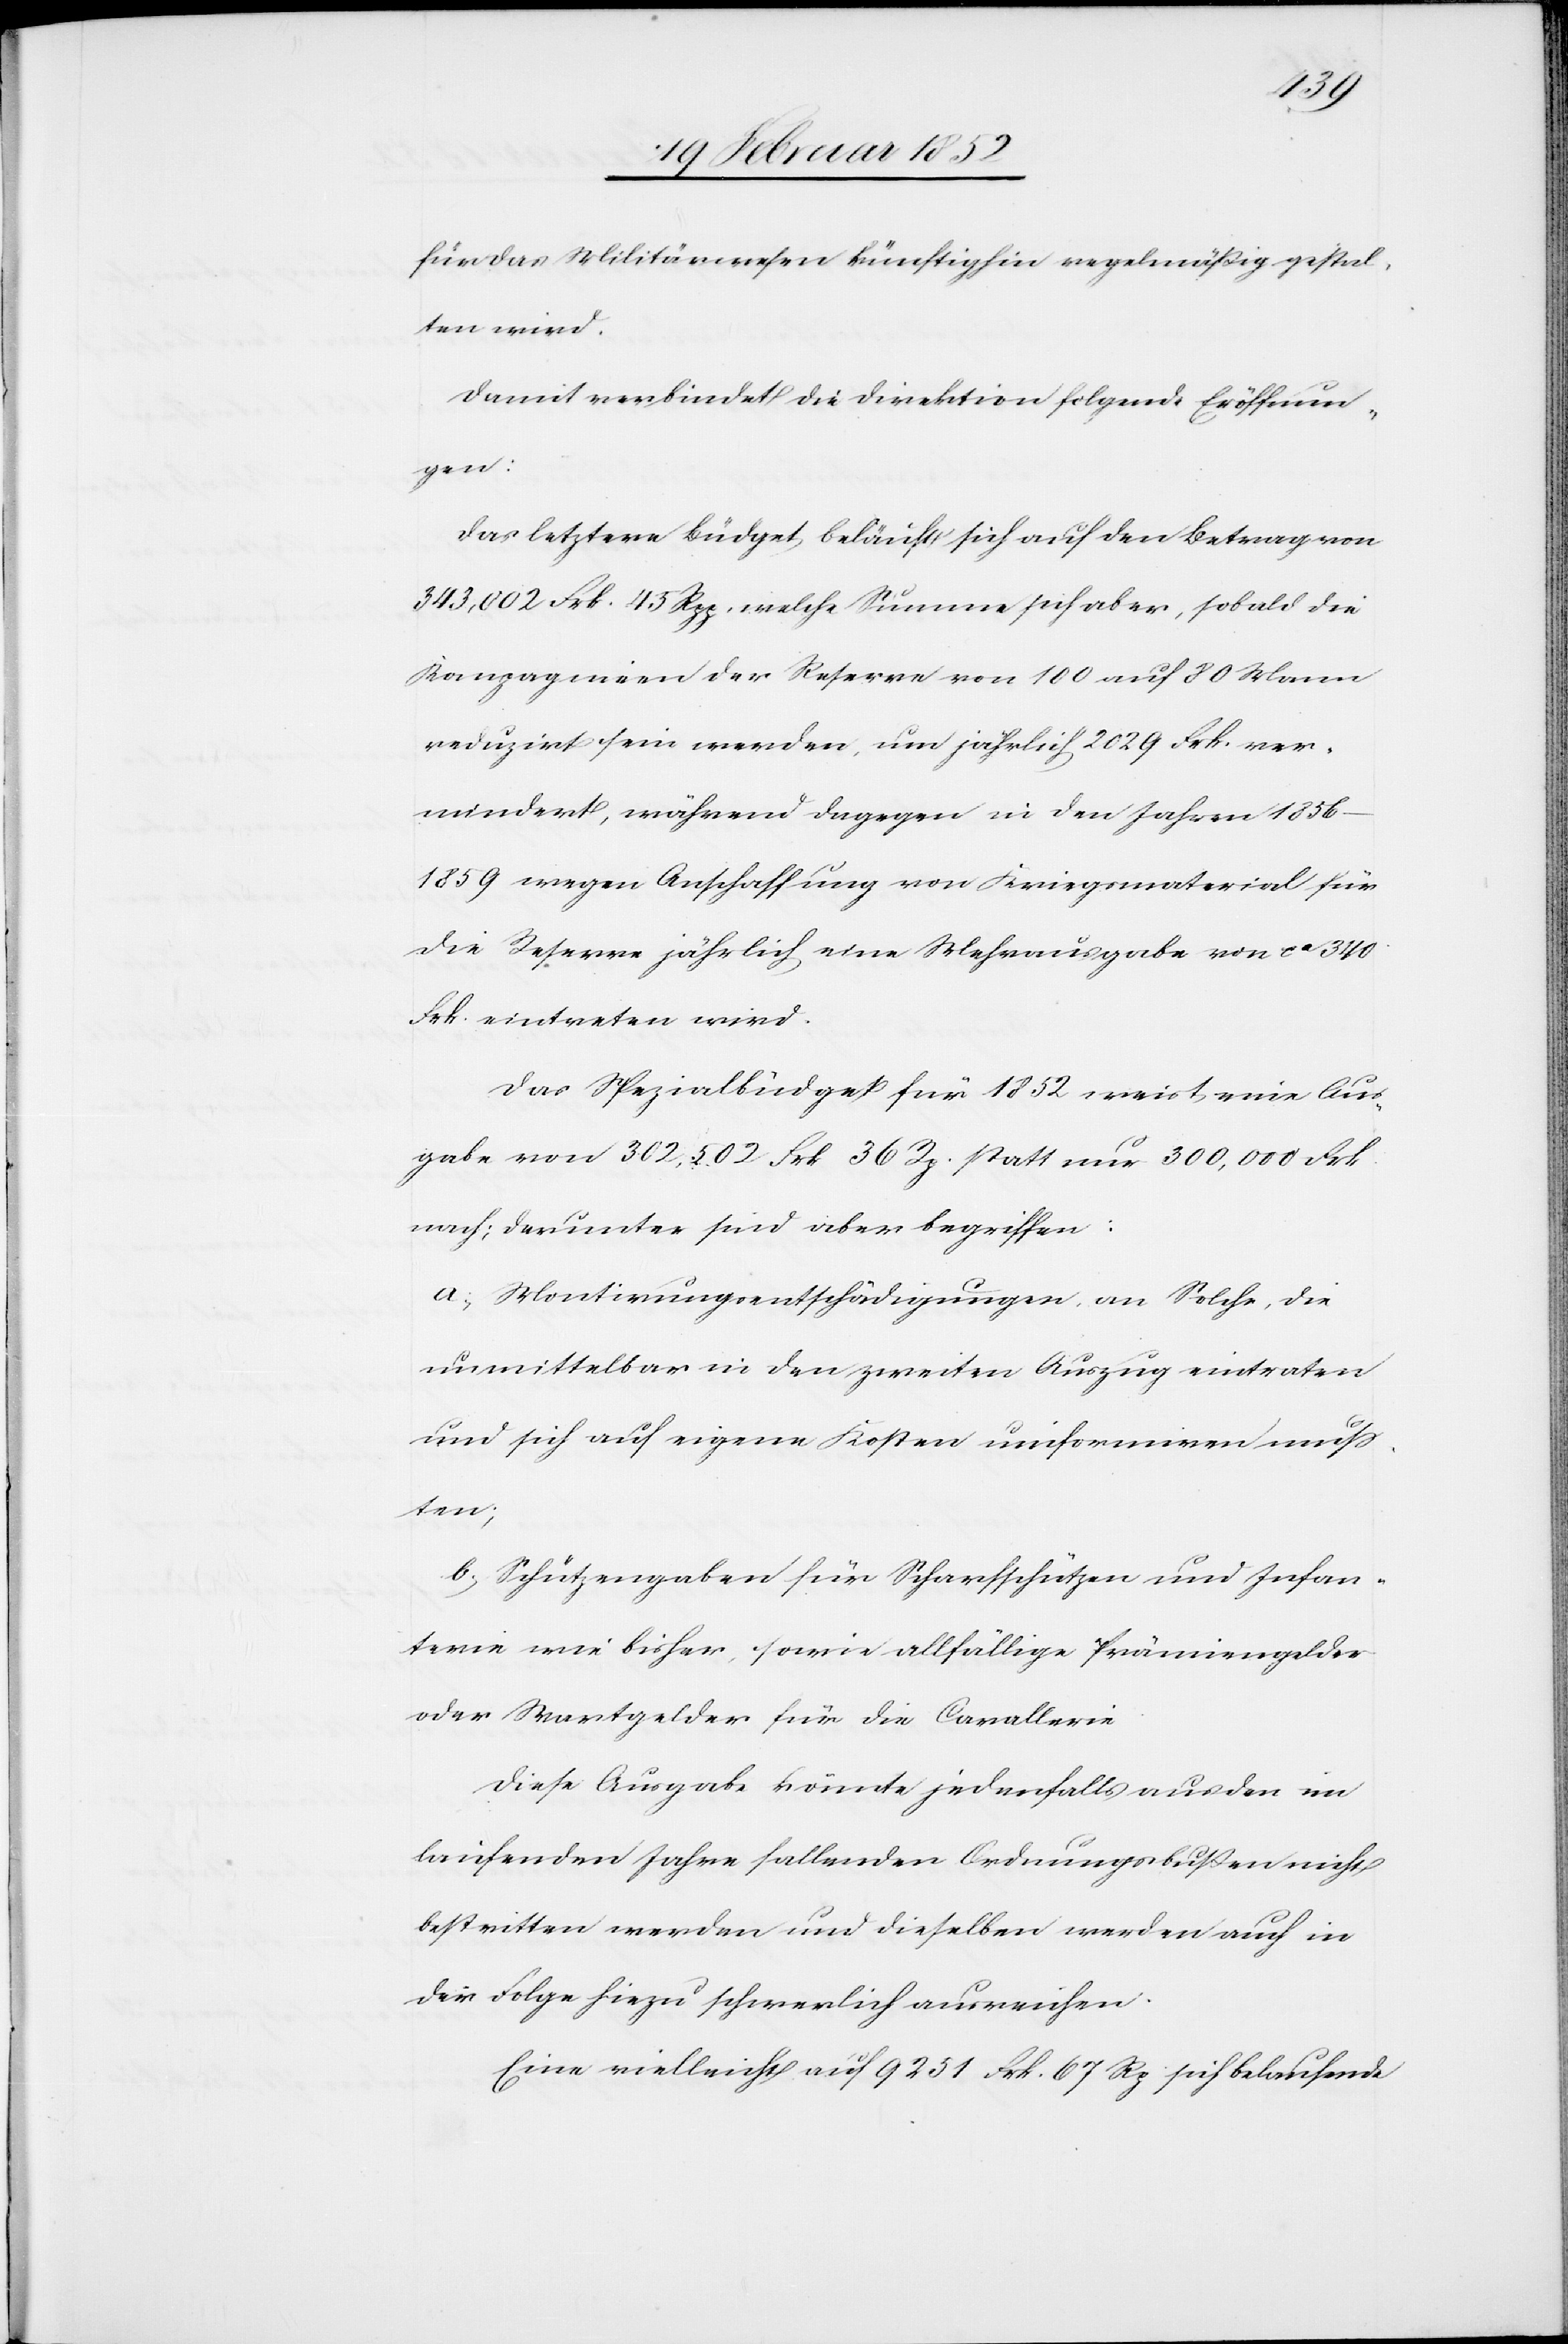
für das Militärwesen künftighin regelmäßig gestal¬
ten wird.
Damit verbindet die Direktion folgende Eröffnun¬
gen:
Das letztere Büdget beläuft sich auf den Betrag von
343,002 Frk. 45 Rpp. welche Summe sich aber, sobald die
Kompagnien der Reserve von 100 auf 80 Mann
reduzirt sein werden, um jährlich 2020 Frk. ver¬
mindert, während dagegen in den Jahren 1856–1859
wegen Anschaffung von Kriegsmaterial für
die Reserve jährlich eine Mehrausgabe von ca 340
Frk. eintreten wird.
Das Spezialbüdget für 1852 weist eine Aus¬
gabe von 302,502 Frk. 36 Rp. statt nur 300,000 Frk.
nach; darunter sind aber begriffen:
a.) Montirungsentschädigungen an Solche, die
unmittelbar in den zweiten Auszug eintragen
und sich auf eigene Kosten uniformieren muß¬
ten;
b.) Schützengaben für Scharfschützen und Infan¬
terie wie bisher, sowie allfällige Prämiengelder
oder Wartgelder für die Cavallerie.
Diese Ausgabe könnte jedenfalls aus den im
laufenden Jahre fallenden Ordnungsbußen nicht
bestritten werden und dieselben werden auch in
der Folge hiezu schwerlich ausreichen.
Eine vielleicht auf 9251 Frk. 67 Rp sich belaufende